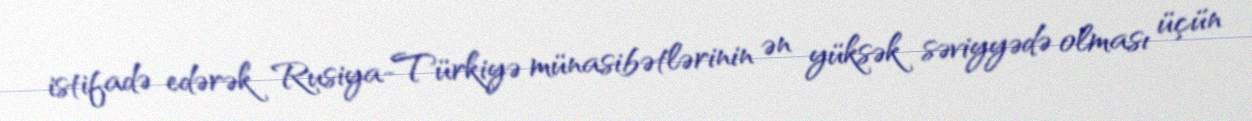
istifadə edərək Rusiya-Türkiyə münasibətlərinin ən yüksək səviyyədə olması üçün